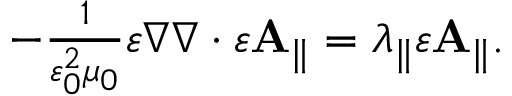
\begin{array} { r } { - \frac { 1 } { \varepsilon _ { 0 } ^ { 2 } \mu _ { 0 } } \varepsilon \nabla \nabla \cdot \varepsilon \mathbf { A } _ { \parallel } = \lambda _ { \parallel } \varepsilon \mathbf { A } _ { \parallel } . } \end{array}